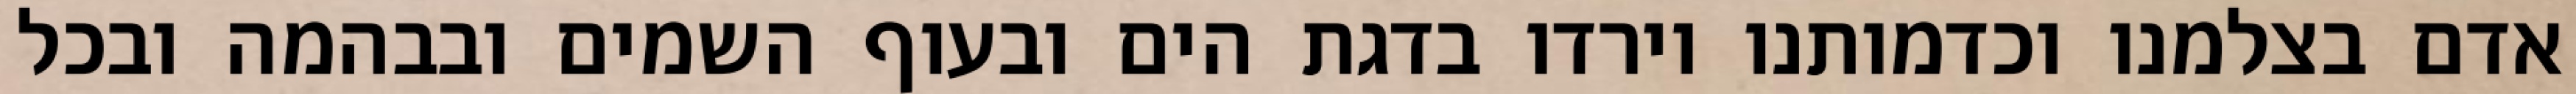
אדם בצלמנו וכדמותנו וירדו בדגת הים ובעוף השמים ובבהמה ובכל